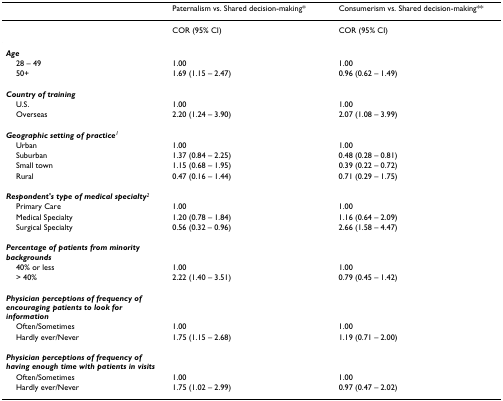
<table><thead><tr><td></td><td><b>Paternalism vs. Shared decision-making*</b></td><td><b>Consumerism vs. Shared decision-making**</b></td></tr></thead><tbody><tr><td></td><td>COR (95% CI)</td><td>COR (95% CI)</td></tr><tr><td><b><i>Age</i></b></td><td></td><td></td></tr><tr><td> 28 – 49</td><td>1.00</td><td>1.00</td></tr><tr><td> 50+</td><td>1.69 (1.15 – 2.47)</td><td>0.96 (0.62 – 1.49)</td></tr><tr><td><b><i>Country of training</i></b></td><td></td><td></td></tr><tr><td> U.S.</td><td>1.00</td><td>1.00</td></tr><tr><td> Overseas</td><td>2.20 (1.24 – 3.90)</td><td>2.07 (1.08 – 3.99)</td></tr><tr><td><b><i>Geographic setting of practice</i></b><sup><i>1</i></sup></td><td></td><td></td></tr><tr><td> Urban</td><td>1.00</td><td>1.00</td></tr><tr><td> Suburban</td><td>1.37 (0.84 – 2.25)</td><td>0.48 (0.28 – 0.81)</td></tr><tr><td> Small town</td><td>1.15 (0.68 – 1.95)</td><td>0.39 (0.22 – 0.72)</td></tr><tr><td> Rural</td><td>0.47 (0.16 – 1.44)</td><td>0.71 (0.29 – 1.75)</td></tr><tr><td><b><i>Respondent&#x27;s type of medical specialty</i></b><sup><i>2</i></sup></td><td></td><td></td></tr><tr><td> Primary Care</td><td>1.00</td><td>1.00</td></tr><tr><td> Medical Specialty</td><td>1.20 (0.78 – 1.84)</td><td>1.16 (0.64 – 2.09)</td></tr><tr><td> Surgical Specialty</td><td>0.56 (0.32 – 0.96)</td><td>2.66 (1.58 – 4.47)</td></tr><tr><td><b><i>Percentage of patients from minority backgrounds</i></b></td><td></td><td></td></tr><tr><td> 40% or less</td><td>1.00</td><td>1.00</td></tr><tr><td> &gt; 40%</td><td>2.22 (1.40 – 3.51)</td><td>0.79 (0.45 – 1.42)</td></tr><tr><td><b><i>Physician perceptions of frequency of encouraging patients to look for information</i></b></td><td></td><td></td></tr><tr><td> Often/Sometimes</td><td>1.00</td><td>1.00</td></tr><tr><td> Hardly ever/Never</td><td>1.75 (1.15 – 2.68)</td><td>1.19 (0.71 – 2.00)</td></tr><tr><td><b><i>Physician perceptions of frequency of having enough time with patients in visits</i></b></td><td></td><td></td></tr><tr><td> Often/Sometimes</td><td>1.00</td><td>1.00</td></tr><tr><td> Hardly ever/Never</td><td>1.75 (1.02 – 2.99)</td><td>0.97 (0.47 – 2.02)</td></tr></tbody></table>